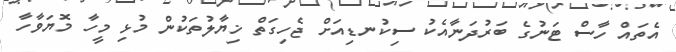
އެތައް ހާސް ޓަނުގެ ބަރުދަނާއެކު ސިކުނޑިއަށް ޖެހިގަތް ޚިޔާލުތަކުން މުޅި މީހާ މޮޔަވާހާ